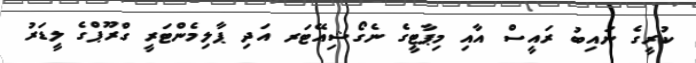
ކުރީގެ ނައިބު ރައީސް އާއި މިޕާޓީގެ ނެގޯޝިއޭޓަރ އަދި ޕާލިމެންޓަރީ ގްރޫޕްގެ ލީޑަރު